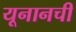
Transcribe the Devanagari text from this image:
यूनानची